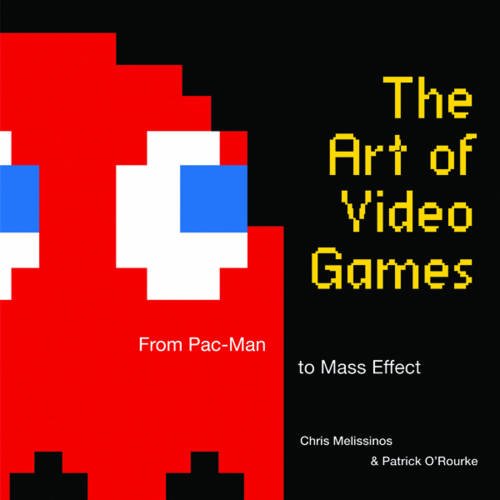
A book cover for The Art of Video Games: From Pac-Man to Mass Effect; Chris Melissinos; Arts & Photography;